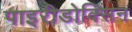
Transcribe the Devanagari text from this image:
पाइरीडोक्सिन